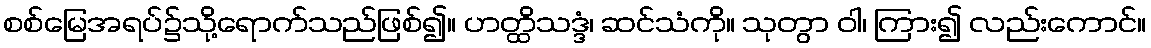
စစ်မြေအရပ်၌သို့ရောက်သည်ဖြစ်၍။ ဟတ္ထိသဒ္ဒံ၊ ဆင်သံကို။ သုတွာ ဝါ၊ ကြား၍ လည်းကောင်။